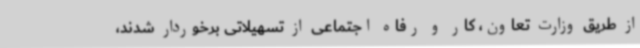
از طریق وزارت تعاون، کار و رفاه اجتماعی از تسهیلاتی برخوردار شدند،